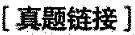
[真题链接]